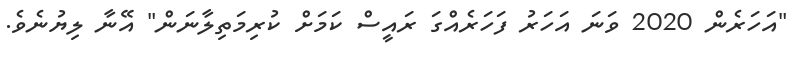
"އަހަރެން 2020 ވަނަ އަހަރު ފަހަރެއްގަ ރައީސް ކަމަށް ކުރިމަތިލާނަން" އޭނާ ލިޔުނެވެ.